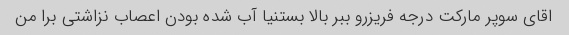
اقای سوپر مارکت درجه فریزرو ببر بالا بستنیا آب شده بودن اعصاب نزاشتی برا من